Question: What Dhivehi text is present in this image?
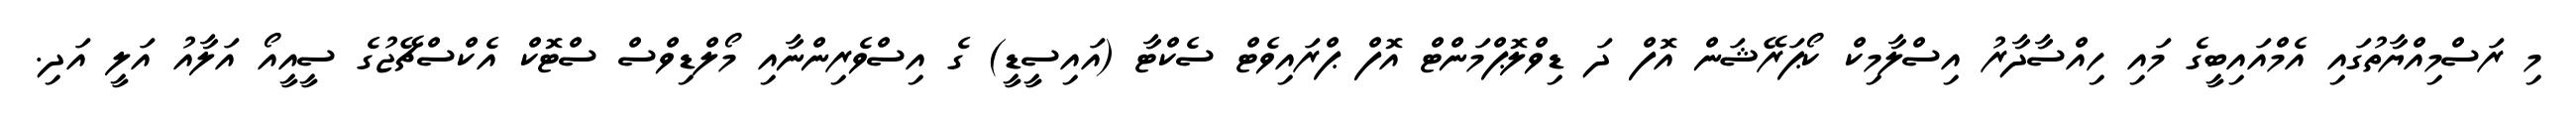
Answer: މި ރަސްމިއްޔާތުގައި އެމްއައިބީގެ މައި ހިއްސާދާރު އިސްލާމިކް ކޯޕަރޭޝަން އޮފް ދަ ޑިވްލޮޕްމަންޓް އޮފް ޕްރައިވެޓް ސެކްޓާ (އައިސީޑީ) ގެ އިސްވެރިންނާއި މޯލްޑިވްސް ސްޓޮކް އެކްސްޗޭޖުގެ ސީއީއޯ އަލާއު އަލީ އަދި.